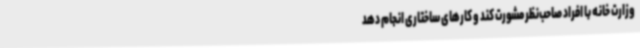
وزارت خانه با افراد صاحب‌نظر مشورت کند و کارهای ساختاری انجام دهد